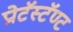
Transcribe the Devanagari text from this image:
प्रोटॅस्टॅण्ट